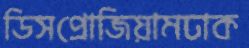
ডিসপ্রোজিয়ামঢাক